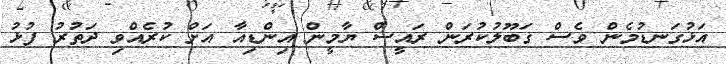
އަޅުގަނޑުމެން ވެސް ގަބޫލުކުރަން ރައީސް ޔާމީން އިންޑިއާ އަށް ކުރެއްވި ދަތުރު ފުޅު